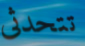
تتحدثى